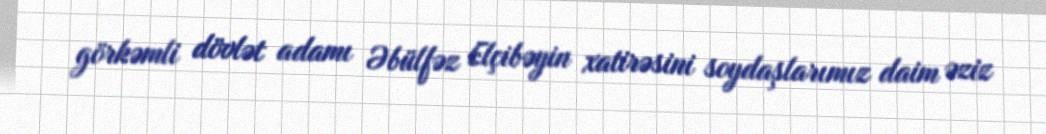
görkəmli dövlət adamı Əbülfəz Elçibəyin xatirəsini soydaşlarımız daim əziz